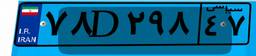
۳۶D۳۶۰۰۴